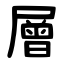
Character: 層